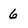
Character: 6